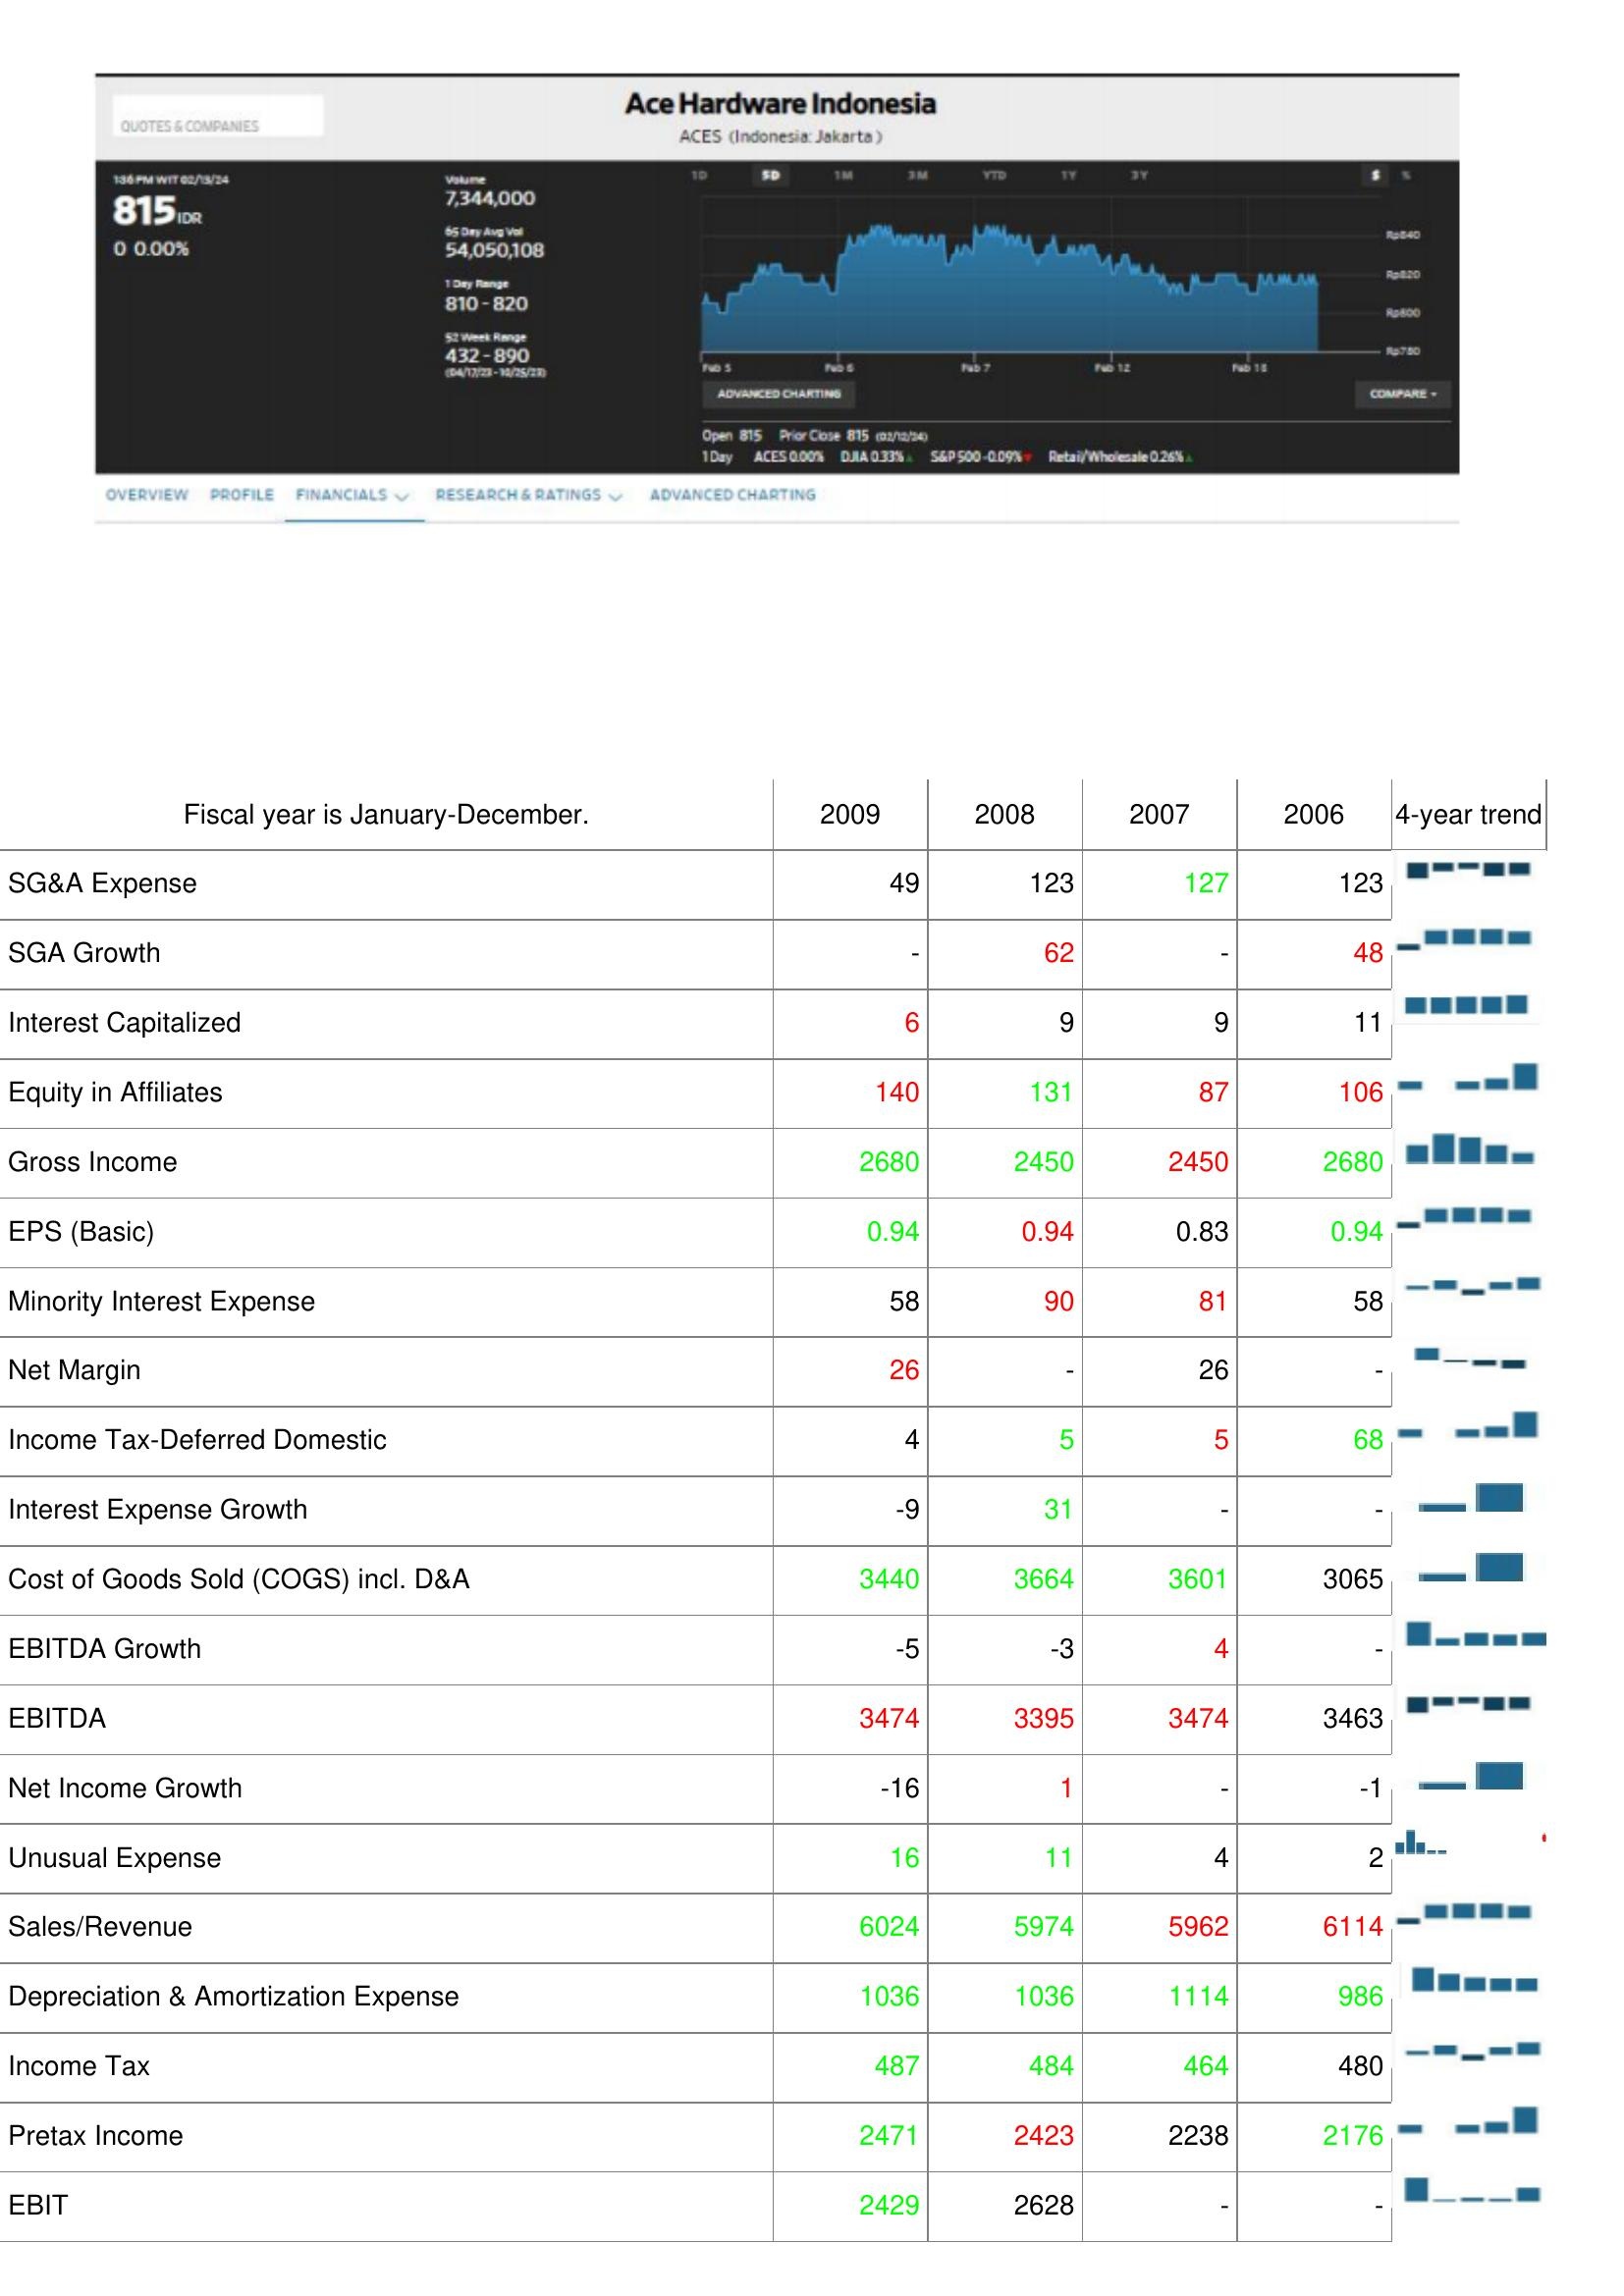
2009: : SG&A Expense: 49
SGA Growth: -
Interest Capitalized: 6
Equity in Affiliates: 140
Gross Income: 2680
EPS (Basic): 0.94
Minority Interest Expense: 58
Net Margin: 26
Income Tax-Deferred Domestic: 4
Interest Expense Growth: -9
Cost of Goods Sold (COGS) incl. D&A: 3440
EBITDA Growth: -5
EBITDA: 3474
Net Income Growth: -16
Unusual Expense: 16
Sales/Revenue: 6024
Depreciation & Amortization Expense: 1036
Income Tax: 487
Pretax Income: 2471
EBIT: 2429
2008: : SG&A Expense: 123
SGA Growth: 62
Interest Capitalized: 9
Equity in Affiliates: 131
Gross Income: 2450
EPS (Basic): 0.94
Minority Interest Expense: 90
Net Margin: -
Income Tax-Deferred Domestic: 5
Interest Expense Growth: 31
Cost of Goods Sold (COGS) incl. D&A: 3664
EBITDA Growth: -3
EBITDA: 3395
Net Income Growth: 1
Unusual Expense: 11
Sales/Revenue: 5974
Depreciation & Amortization Expense: 1036
Income Tax: 484
Pretax Income: 2423
EBIT: 2628
2007: : SG&A Expense: 127
SGA Growth: -
Interest Capitalized: 9
Equity in Affiliates: 87
Gross Income: 2450
EPS (Basic): 0.83
Minority Interest Expense: 81
Net Margin: 26
Income Tax-Deferred Domestic: 5
Interest Expense Growth: -
Cost of Goods Sold (COGS) incl. D&A: 3601
EBITDA Growth: 4
EBITDA: 3474
Net Income Growth: -
Unusual Expense: 4
Sales/Revenue: 5962
Depreciation & Amortization Expense: 1114
Income Tax: 464
Pretax Income: 2238
EBIT: -
2006: : SG&A Expense: 123
SGA Growth: 48
Interest Capitalized: 11
Equity in Affiliates: 106
Gross Income: 2680
EPS (Basic): 0.94
Minority Interest Expense: 58
Net Margin: -
Income Tax-Deferred Domestic: 68
Interest Expense Growth: -
Cost of Goods Sold (COGS) incl. D&A: 3065
EBITDA Growth: -
EBITDA: 3463
Net Income Growth: -1
Unusual Expense: 2
Sales/Revenue: 6114
Depreciation & Amortization Expense: 986
Income Tax: 480
Pretax Income: 2176
EBIT: -